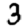
Digit: 3